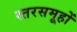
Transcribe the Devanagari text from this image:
स्तरसमूहों